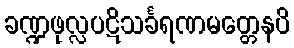
ခဏ္ဍဖုလ္လပဋိသင်္ခရဏမတ္တေနပိ